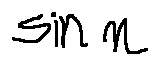
\sin n